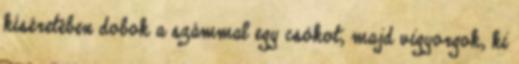
kíséretében dobok a számmal egy csókot, majd vigyorgok, ki